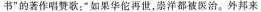
书”的著作唱赞歌：”如果华佗再世，崇洋都被医治。外邦来